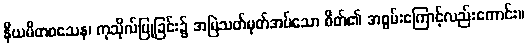
နိယမိတဝသေန၊ ကုသိုလ်ပြုခြင်း၌ အမြဲသတ်မှတ်အပ်သော စိတ်၏ အစွမ်းကြောင့်လည်းကောင်း။